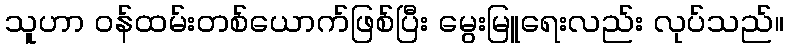
သူဟာ ဝန်ထမ်းတစ်ယောက်ဖြစ်ပြီး မွေးမြူရေးလည်း လုပ်သည်။